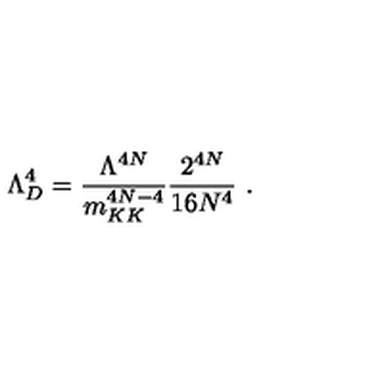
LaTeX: \Lambda _ { D } ^ { 4 } = \frac { \Lambda ^ { 4 N } } { m _ { K K } ^ { 4 N - 4 } } \frac { 2 ^ { 4 N } } { 1 6 N ^ { 4 } } \ .